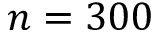
n = 3 0 0